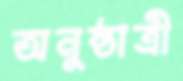
অনুষ্ঠাত্রী